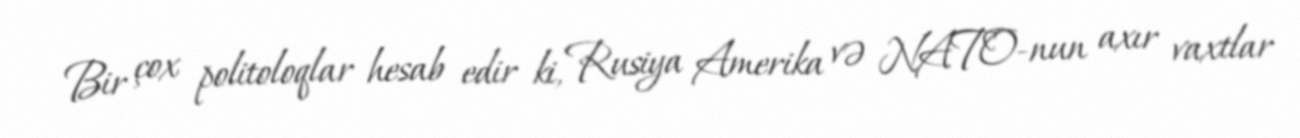
Bir çox politoloqlar hesab edir ki, Rusiya Amerika və NATO-nun axır vaxtlar